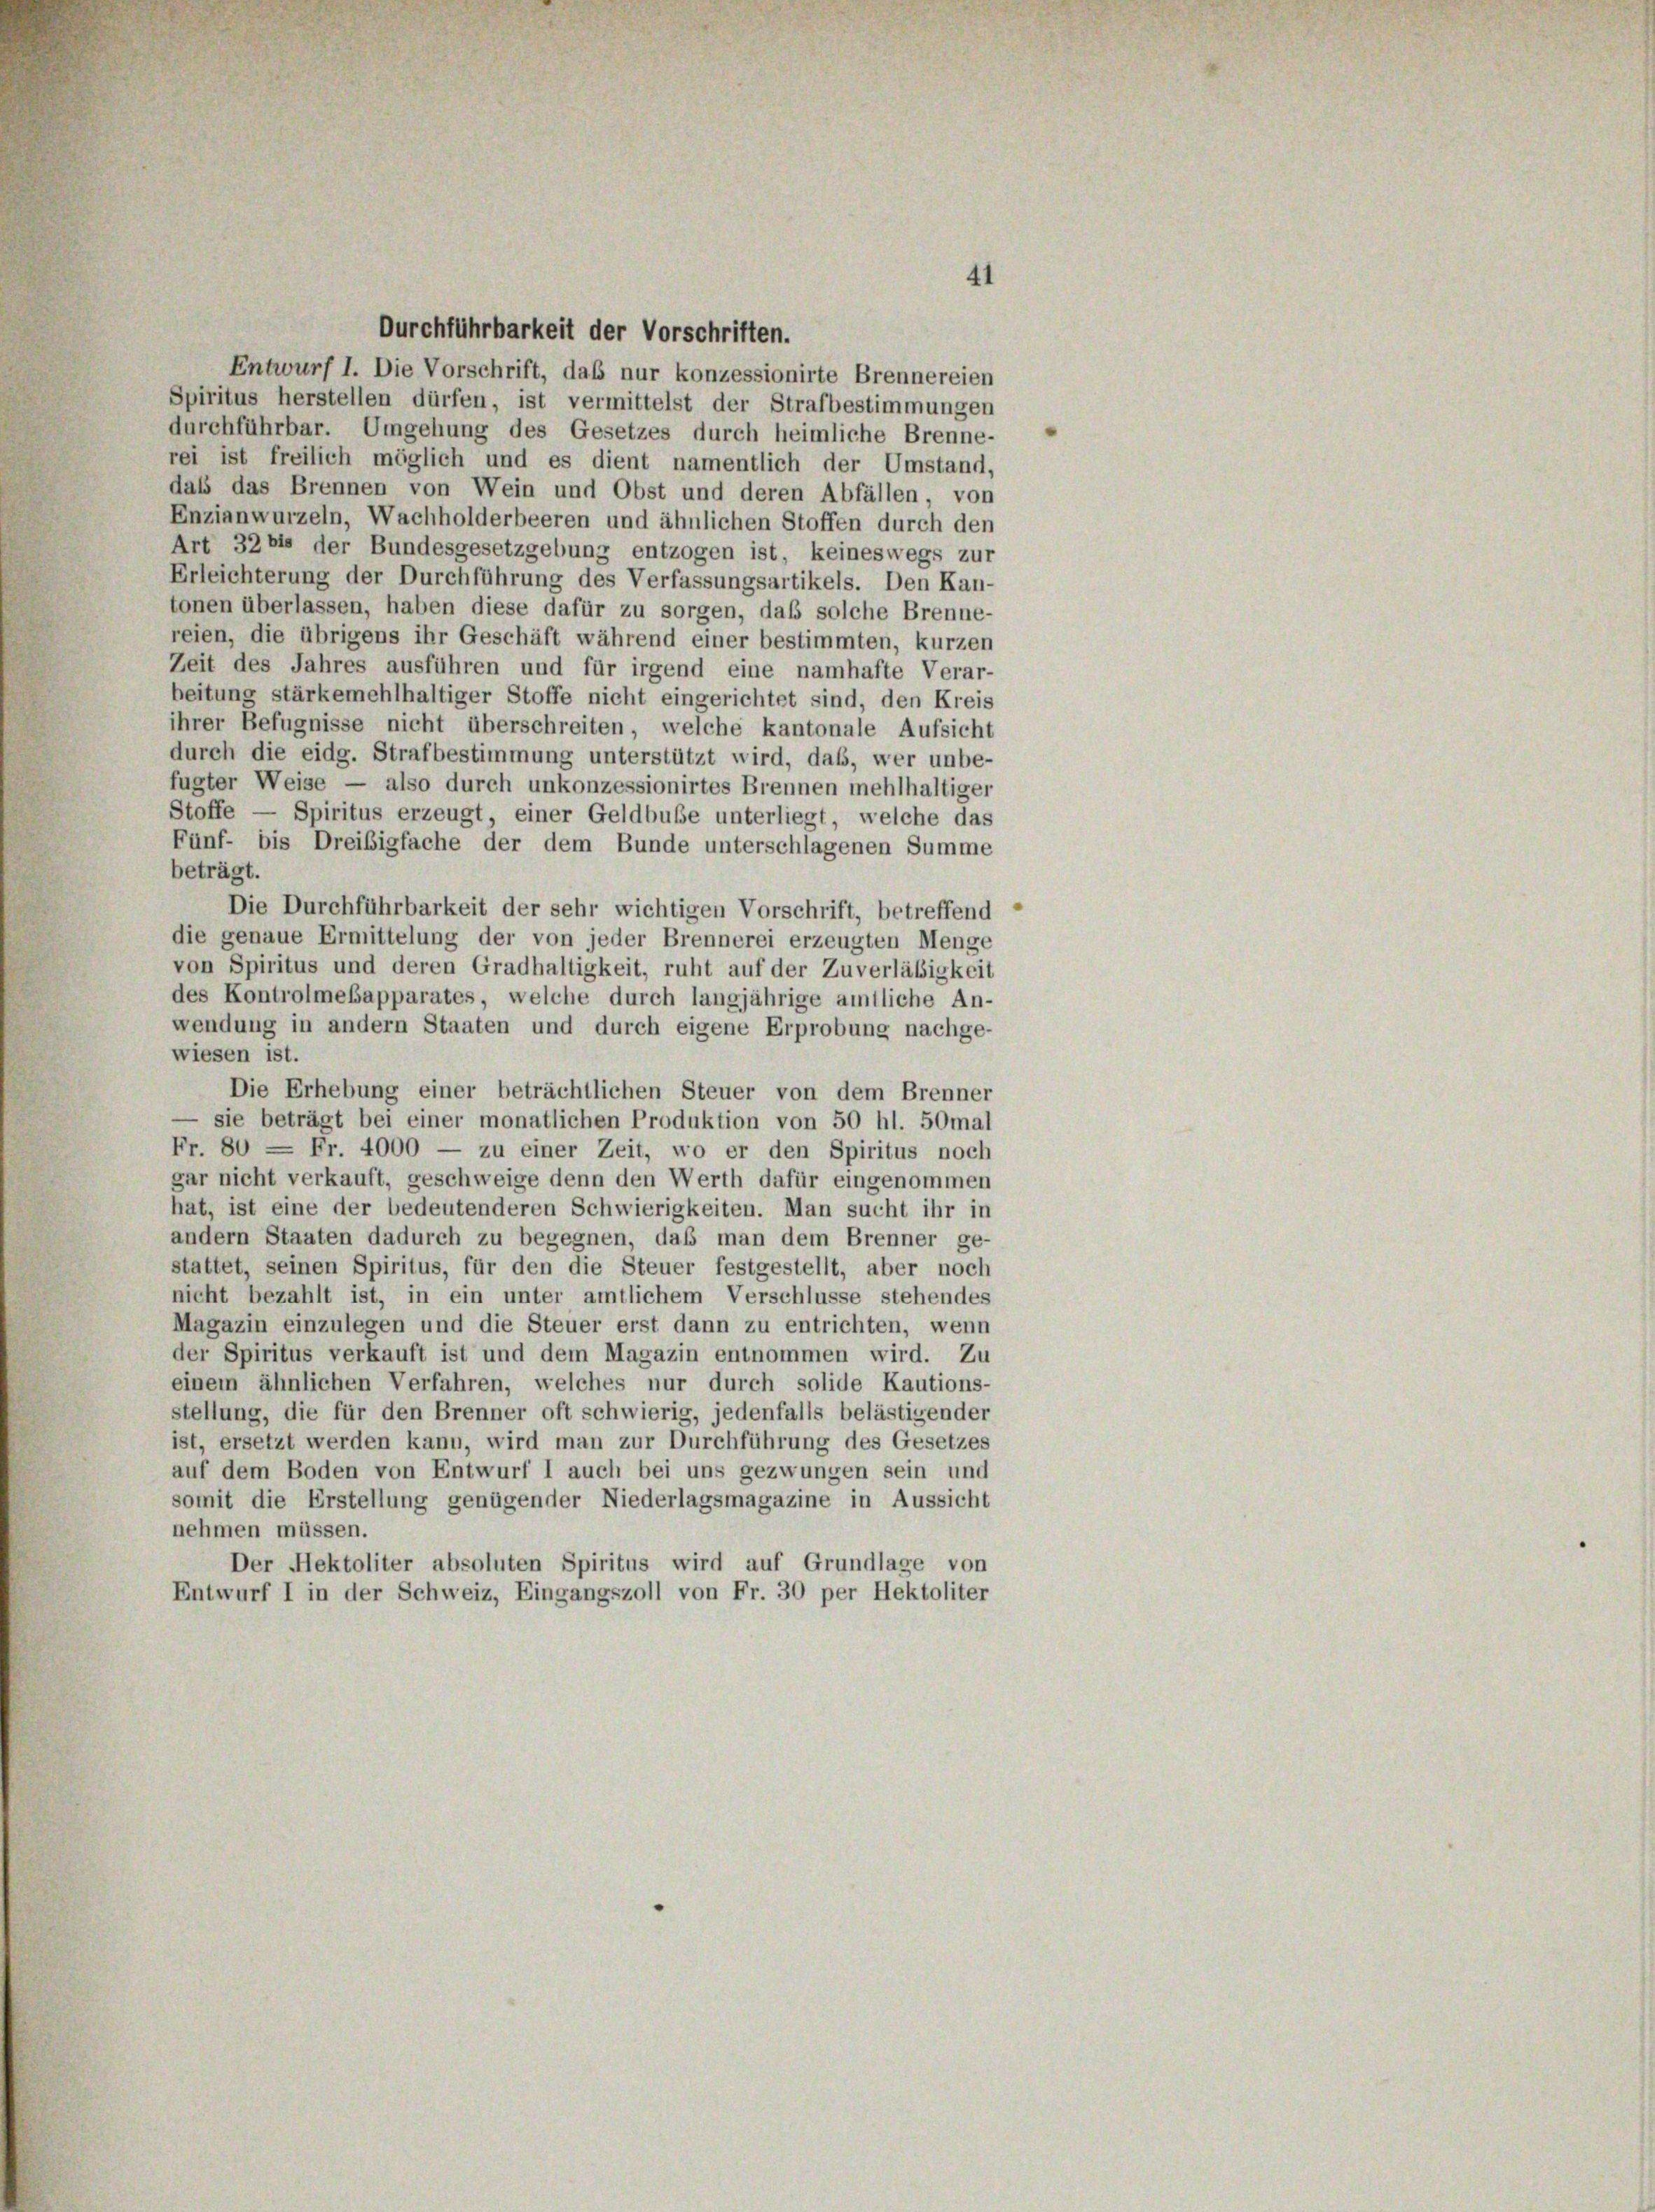
Durchführbarkeit der Vorschriften.
Entwurf I. Die Vorschrift, daß nur konzessionirte Brennereien
Spiritus herstellen dürfen, ist vermittelst der Strafbestimmungen
durchführbar. Umgehung des Gesetzes durch heimliche Brenne-
rei ist freilich möglich und es dient namentlich der Umstand,
dass das Brennen von Wein und Obst und deren Abfällen, von
Enzianwurzeln, Wachholderbeeren und ähnlichen Stoffen durch den
Art 32 bis der Bundesgesetzgebung entzogen ist, keineswegs zur
Erleichterung der Durchführung des Verfassungsartikels. Den Kan-
tonen überlassen, haben diese dafür zu sorgen, daß solche Brenne-
reien, die übrigens ihr Geschäft während einer bestimmten, kurzen
Zeit des Jahres ausführen und für irgend eine namhafte Verar-
beitung stärkemehlhaltiger Stoffe nicht eingerichtet sind, den Kreis
ihrer Befugnisse nicht überschreiten, welche kantonale Aufsicht
durch die eidg. Strafbestimmung unterstützt wird, daß, wer unbe-
fugter Weise — also durch unkonzessionirtes Brennen mehlhaltiger
Stoffe — Spiritus erzeugt, einer Geldbuße unterliegt, welche das
Fünf- bis Dreisigfache der dem Bunde unterschlagenen Summe
beträgt.
Die Durchführbarkeit der sehr wichtigen Vorschrift, betreffend
die genaue Ermittelung der von jeder Brennerei erzeugten Menge
von Spiritus und deren Gradhaltigkeit, ruht auf der Zuverläßigkeit
des Kontrolmesapparates, welche durch langjährige amtliche An-
wendung in andern Staaten und durch eigene Erprobung nachge-
wiesen ist.
Die Erhebung einer beträchtlichen Steuer von dem Brenner
— sie beträgt bei einer monatlichen Produktion von 50 hl. 50mal
Fr. 80 = Fr. 4000 — zu einer Zeit, wo er den Spiritus noch
gar nicht verkauft, geschweige denn den Werth dafür eingenommen
hat, ist eine der bedeutenderen Schwierigkeiten. Man sucht ihr in
andern Staaten dadurch zu begegnen, daß man dem Brenner ge-
stattet, seinen Spiritus, für den die Steuer festgestellt, aber noch
nicht bezahlt ist, in ein unter amtlichem Verschlüsse stehendes
Magazin einzulegen und die Steuer erst dann zu entrichten, wenn
der Spiritus verkauft ist und dem Magazin entnommen wird. Zu
einem ähnlichen Verfahren, welches nur durch solide Kautions-
stellung, die für den Brenner oft schwierig, jedenfalls belästigender
ist, ersetzt werden kann, wird man zur Durchführung des Gesetzes
auf dem Boden von Entwurf I auch bei uns gezwungen sein und
somit die Erstellung genügender Niederlagsmagazine in Aussicht
nehmen müssen.
Der Hektoliter absoluten Spiritus wird auf Grundlage von
Entwurf I in der Schweiz, Eingangszoll von Fr. 30 per Hektoliter

41